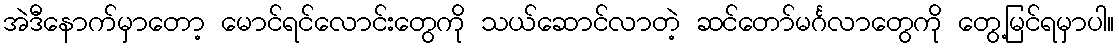
အဲဒီနောက်မှာတော့ မောင်ရင်လောင်းတွေကို သယ်ဆောင်လာတဲ့ ဆင်တော်မင်္ဂလာတွေကို တွေ့မြင်ရမှာပါ။